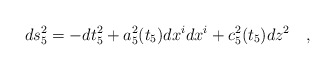
\begin{align*}ds_5^2 = -dt_5^2 + a_5^2(t_{5}) dx^i dx^i + c_5^2(t_{5}) dz^2\quad ,\end{align*}